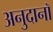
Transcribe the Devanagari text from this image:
अनुदानॉ